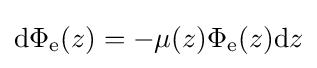
\mathrm {d\Phi _{e}} (z)=-\mu (z)\Phi _{\mathrm {e} }(z)\mathrm {d} z